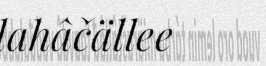
lahâčällee